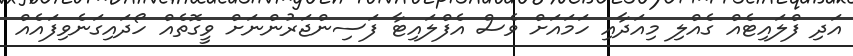
އަދި ފްލައިޓެއް ގެއްލި މިއަދާއި ހަމައަށް ވެސް އެފްލައިޓާ ފަސިންޖަރުންނަށް ވީގޮތެއް ހޯދައިގަނެވިފައެއް